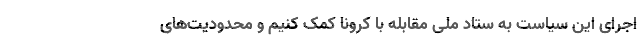
اجرای این سیاست به ستاد ملی مقابله با کرونا کمک کنیم و محدودیت‌های